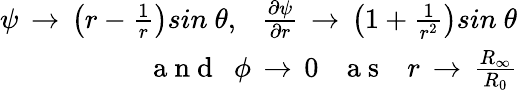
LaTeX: \begin{array}{r}{\psi\, \to\, \left(r-\frac{1}{r}\right)sin\ \theta,\ \ \ \frac{\partial\psi}{\partial r}\, \to\, \left(1+\frac{1}{r^{2}}\right)sin\ \theta}\\ {\mathrm{~a~n~d~}\ \ \phi\, \to\, 0\ \ \ \mathrm{~a~s~}\ \ \ r\, \to\, \frac{R_{\infty}}{R_{0}}}\end{array}